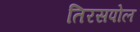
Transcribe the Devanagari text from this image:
तिरसपोल